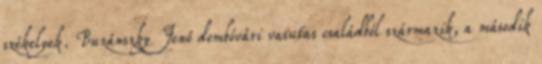
székelyek. Buzánszky Jenő dombóvári vasutas családból származik, a második